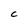
Character: C